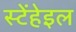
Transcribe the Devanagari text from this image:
स्टेंहेइल